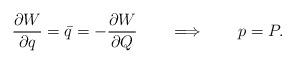
LaTeX: \begin{align*}{\partial W\over \partial q }= \bar{q} = -{\partial W\over \partial Q } \qquad\Longrightarrow \qquad p=P.\end{align*}